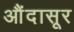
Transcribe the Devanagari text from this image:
औंदासूर